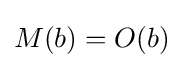
M(b)=O(b)